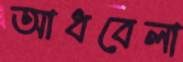
আধবেলা